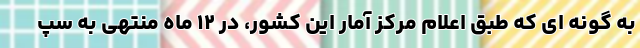
به گونه ای که طبق اعلام مرکز آمار این کشور، در ۱۲ ماه منتهی به سپ